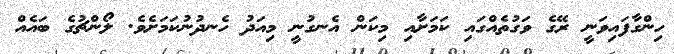
ހިންގާފައިވަނީ ރޭގެ ވަގުތެއްގައި ކަމަށާއި މިކަން އެނގުނީ މިއަދު ހެނދުނުކަމަށެވެ. ލޯންޗުގެ ބައެއް